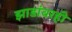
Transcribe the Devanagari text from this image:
झाडांवरही